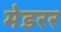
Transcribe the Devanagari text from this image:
मेडरर